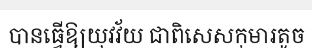
បានធ្វើឱ្យយុវវ័យ ជាពិសេសកុមារតូច